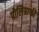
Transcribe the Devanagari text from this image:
पोलिग्राफी